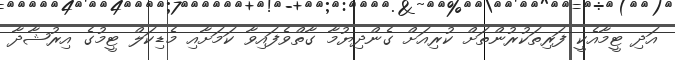
އަދި ޓީމާއެކީ ފަރިތަކުރުންތަށް ކުރިއަށް ގެންދިޔުމާ ގާތްވެފައިވާ ކަމަށާއި މެޑިކަލް ޓީމުގެ އިރުޝާދާ